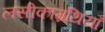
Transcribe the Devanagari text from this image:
लसीकाग्रंथियाँ